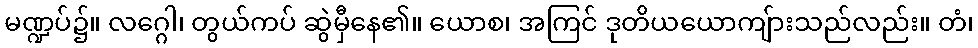
မဏ္ဍပ်၌။ လဂ္ဂေါ၊ တွယ်ကပ် ဆွဲမှီနေ၏။ ယောစ၊ အကြင် ဒုတိယယောကျ်ားသည်လည်း။ တံ၊